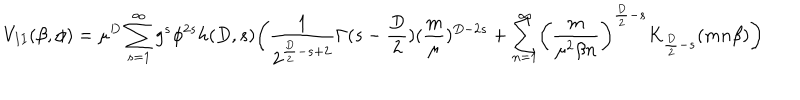
V _ { I I } ( \beta , \phi ) = \mu ^ { D } \sum _ { s = 1 } ^ { \infty } g ^ { s } \phi ^ { 2 s } h ( D , s ) \biggl ( \frac { 1 } { 2 ^ { \frac { D } { 2 } - s + 2 } } \Gamma ( s - \frac { D } { 2 } ) ( \frac { m } { \mu } ) ^ { D - 2 s } + \sum _ { n = 1 } ^ { \infty } \biggl ( \frac { m } { \mu ^ { 2 } \beta n } \biggr ) ^ { \frac { D } { 2 } - s } K _ { \frac { D } { 2 } - s } ( m n \beta ) \biggr )